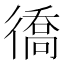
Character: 𢕪